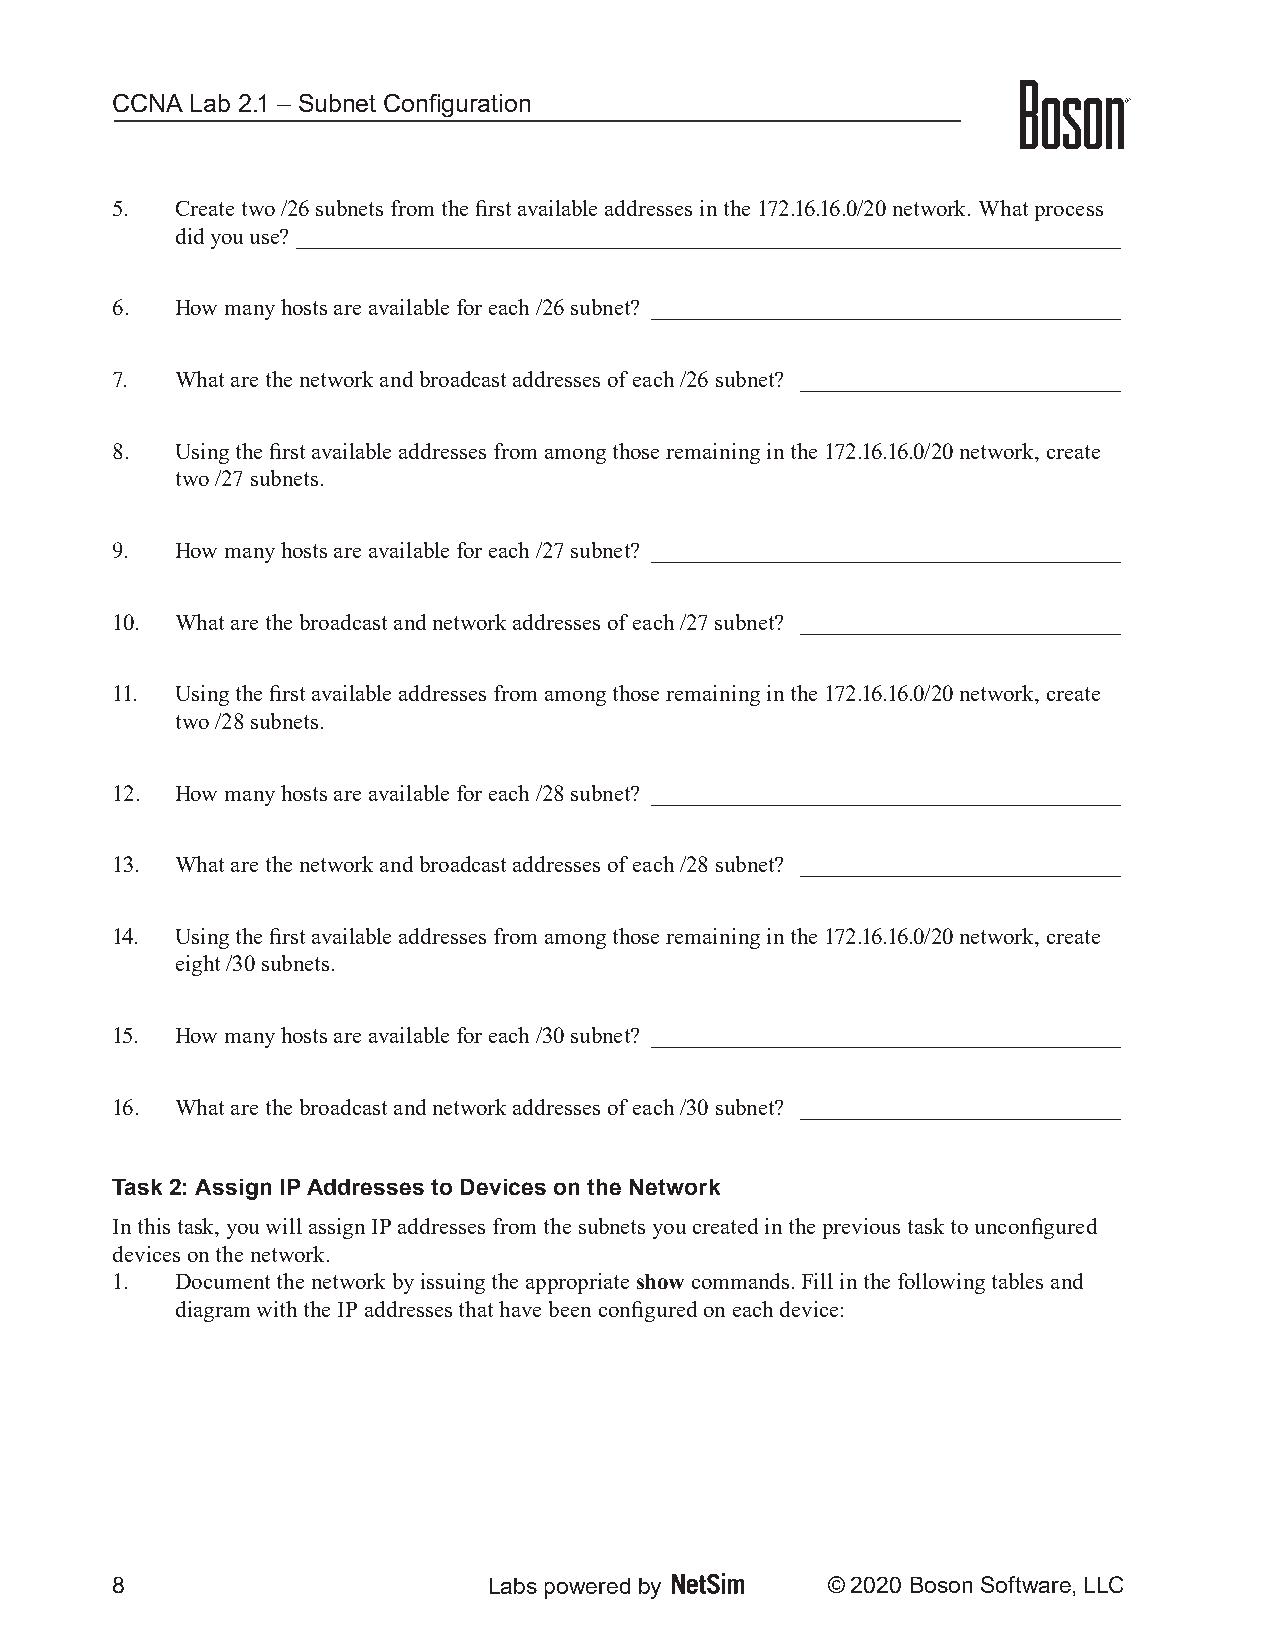
CCNA  Lab 2.1 – Subnet Configuration
 5.   Create two /26 subnets from the first available addresses in the 172.16.16.0/20 network. What process
 did you use? ________________________________________________________________________
 6.   How many hosts are available for each /26 subnet? _________________________________________
 7.   What are the network and broadcast addresses of each /26 subnet? ____________________________
 8.   Using the first available addresses from among those remaining in the 172.16.16.0/20 network, create
 two /27 subnets.
 9.   How many hosts are available for each /27 subnet? _________________________________________
 10.  What are the broadcast and network addresses of each /27 subnet? ____________________________
 11.  Using the first available addresses from among those remaining in the 172.16.16.0/20 network, create
 two /28 subnets.
 12.  How many hosts are available for each /28 subnet? _________________________________________
 13.  What are the network and broadcast addresses of each /28 subnet? ____________________________
 14.  Using the first available addresses from among those remaining in the 172.16.16.0/20 network, create
 eight /30 subnets.
 15.  How many hosts are available for each /30 subnet? _________________________________________
 16.  What are the broadcast and network addresses of each /30 subnet? ____________________________
 Task 2: Assign IP Addresses to Devices on the Network
 In this task, you will assign IP addresses from the subnets you created in the previous task to unconfigured
 devices on the network.
 1.   Document the network by issuing the appropriate show commands. Fill in the following tables and
 diagram with the IP addresses that have been configured on each device:
 8                        Labs powered by        © 2020 Boson Software, LLC